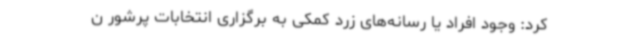
کرد: وجود افراد یا رسانه‌های زرد کمکی به برگزاری انتخابات پرشور ن